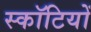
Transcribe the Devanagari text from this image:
स्कॉटियों